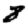
Digit: 8